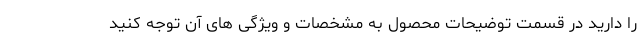
را دارید در قسمت توضیحات محصول به مشخصات و ویژگی های آن توجه کنید